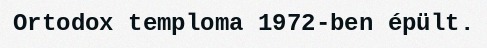
Ortodox temploma 1972-ben épült.